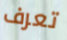
تعرف